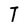
Character: T